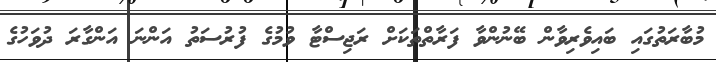
މުބާރަތުގައި ބައިވެރިވާން ބޭނުންވާ ފަރާތްތަކަށް ރަޖިސްޓާ ވުމުގެ ފުރުސަތު އަންނަ އަންގާރަ ދުވަހުގެ